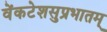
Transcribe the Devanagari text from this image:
वेंकटेशसुप्रभातम्